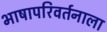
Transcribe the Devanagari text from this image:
भाषापरिवर्तनाला